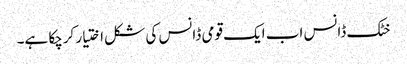
خٹک ڈانس اب ایک قومی ڈانس کی شکل اختیار کرچکا ہے۔